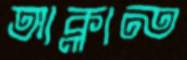
আক্লান্ত